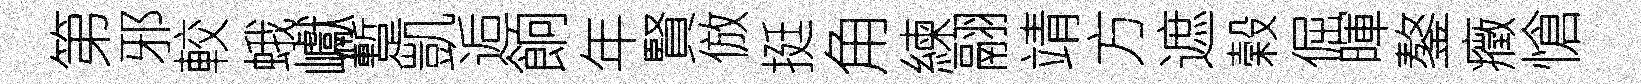
第邪較蛾巘蹔凱逅餉年賢倣挺角練翮靖方遮榖倔暉鏊癥愴